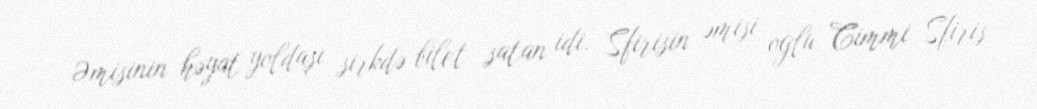
Əmisinin həyat yoldaşı sirkdə bilet satan idi. Sfirisin əmisi oğlu Cimmi Sfiris